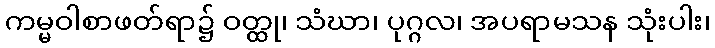
ကမ္မဝါစာဖတ်ရာ၌ ဝတ္ထု၊ သံဃာ၊ ပုဂ္ဂလ၊ အပရာမသန သုံးပါး၊